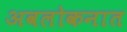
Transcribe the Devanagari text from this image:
अवलोकनात